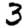
Digit: 3